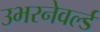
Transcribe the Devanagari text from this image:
उभरनेवर्ल्ड